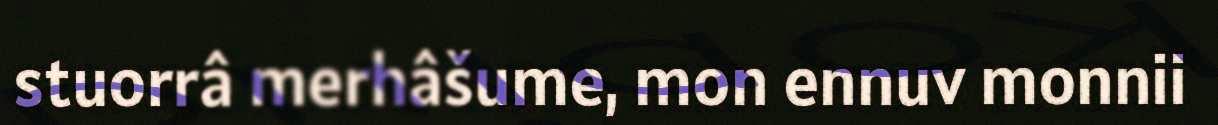
stuorrâ merhâšume, mon ennuv monnii